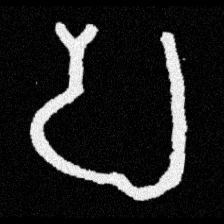
Pyu character \u2014 Myanmar letter: ပ (romanized: pa)